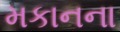
મકાનના